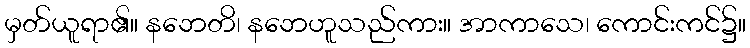
မှတ်ယူရာ၏။ နဘေတိ၊ နဘေဟူသည်ကား။ အာကာသေ၊ ကောင်းကင်၌။